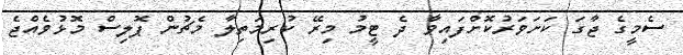
ސެމީގެ ޖާގަ ކަށަވަރުކޮށްފައިވާ ދެ ޓީމު މިރޭ ކުރިމަތިލާ މެޗުން ޕޮލިސް މޮޅުވެއްޖެ